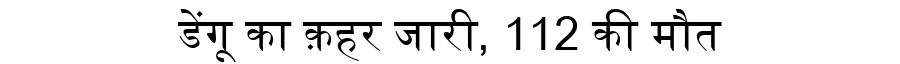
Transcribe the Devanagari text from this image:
डेंगू का क़हर जारी, 112 की मौत